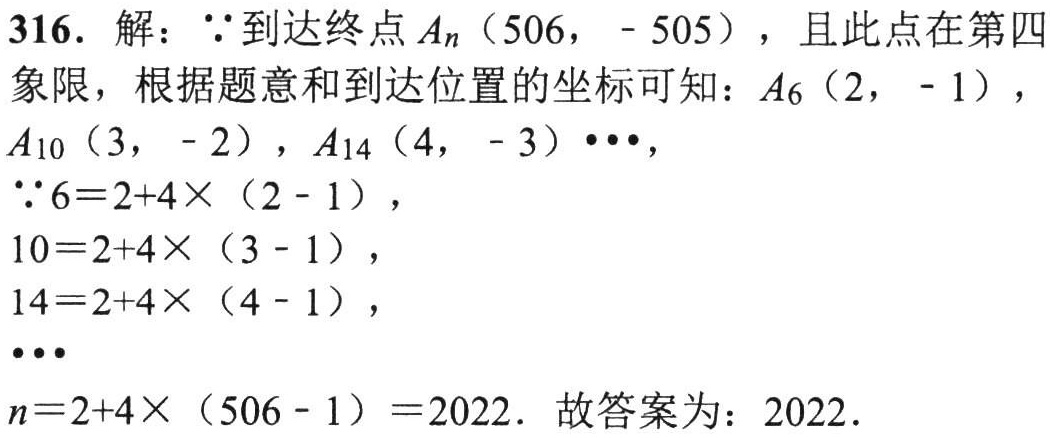
316. 解：\(\because\)到达终点\(A_{n}(506,\ - 505)\)，且此点在第四象限，根据题意和到达位置的坐标可知：\(A_{6}(2,\ - 1)\)，\(A_{10}(3,\ - 2)\)，\(A_{14}(4,\ - 3)\cdots\)，
\(\because6 = 2 + 4\times(2 - 1)\)，
\(10 = 2 + 4\times(3 - 1)\)，
\(14 = 2 + 4\times(4 - 1)\)，
\(\cdots\)
\(n = 2+4\times(506 - 1)=2022\). 故答案为：\(2022\).